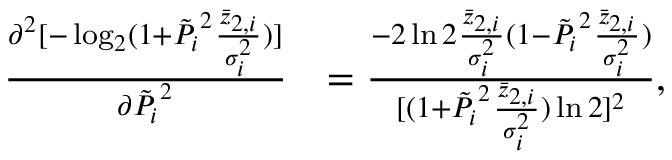
\begin{array} { r l } { \frac { \partial ^ { 2 } [ - \log _ { 2 } ( 1 + \Tilde { P _ { i } } ^ { 2 } \frac { \bar { z } _ { 2 , i } } { \sigma _ { i } ^ { 2 } } ) ] } { \partial \Tilde { P _ { i } } ^ { 2 } } } & { = \frac { - 2 \ln 2 \frac { \bar { z } _ { 2 , i } } { \sigma _ { i } ^ { 2 } } ( 1 - \Tilde { P _ { i } } ^ { 2 } \frac { \bar { z } _ { 2 , i } } { \sigma _ { i } ^ { 2 } } ) } { [ ( 1 + \Tilde { P _ { i } } ^ { 2 } \frac { \bar { z } _ { 2 , i } } { \sigma _ { i } ^ { 2 } } ) \ln 2 ] ^ { 2 } } , } \end{array}